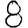
Digit: 8